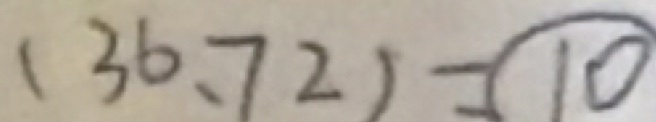
( 3 6 、 7 2 ) = \textcircled { 1 0 }